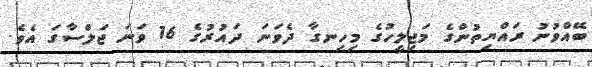
ބޭއްވުނު ރައްޔިތުންގެ މަޖިލީހުގެ މިހިނގާ ދެވަނަ ދައުރުގެ 16 ވަނަ ޖަލްސާގަ އެވެ.